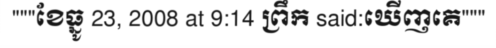
"""ខែធ្នូ 23, 2008 at 9:14 ព្រឹក said:ឃើញគេ"""